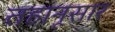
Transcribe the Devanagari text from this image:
तहानूसार